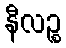
နီလဉ္စ